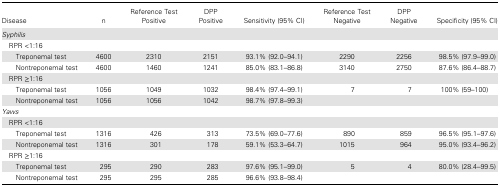
<table><thead><tr><td><b>Disease</b></td><td><b>n</b></td><td><b>Reference Test Positive</b></td><td><b>DPP Positive</b></td><td><b>Sensitivity (95% CI)</b></td><td><b>Reference Test Negative</b></td><td><b>DPP Negative</b></td><td><b>Specificity (95% CI)</b></td></tr></thead><tbody><tr><td colspan="8"><i>Syphilis</i></td></tr><tr><td colspan="8"> RPR &lt;1:16</td></tr><tr><td>Treponemal test</td><td>4600</td><td>2310</td><td>2151</td><td>93.1% (92.0–94.1)</td><td>2290</td><td>2256</td><td>98.5% (97.9–99.0)</td></tr><tr><td>Nontreponemal test</td><td>4600</td><td>1460</td><td>1241</td><td>85.0% (83.1–86.8)</td><td>3140</td><td>2750</td><td>87.6% (86.4–88.7)</td></tr><tr><td colspan="8"> RPR ≥1:16</td></tr><tr><td>Treponemal test</td><td>1056</td><td>1049</td><td>1032</td><td>98.4% (97.4–99.1)</td><td>7</td><td>7</td><td>100% (59–100)</td></tr><tr><td>Nontreponemal test</td><td>1056</td><td>1056</td><td>1042</td><td>98.7% (97.8–99.3)</td><td></td><td></td><td></td></tr><tr><td colspan="8"><i>Yaws</i></td></tr><tr><td colspan="8"> RPR &lt;1:16</td></tr><tr><td>Treponemal test</td><td>1316</td><td>426</td><td>313</td><td>73.5% (69.0–77.6)</td><td>890</td><td>859</td><td>96.5% (95.1–97.6)</td></tr><tr><td>Nontreponemal test</td><td>1316</td><td>301</td><td>178</td><td>59.1% (53.3–64.7)</td><td>1015</td><td>964</td><td>95.0% (93.4–96.2)</td></tr><tr><td colspan="8"> RPR ≥1:16</td></tr><tr><td>Treponemal test</td><td>295</td><td>290</td><td>283</td><td>97.6% (95.1–99.0)</td><td>5</td><td>4</td><td>80.0% (28.4–99.5)</td></tr><tr><td>Nontreponemal test</td><td>295</td><td>295</td><td>285</td><td>96.6% (93.8–98.4)</td><td></td><td></td><td></td></tr></tbody></table>